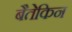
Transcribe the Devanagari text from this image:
बैतेकिन